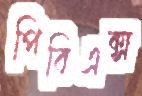
পিবিএক্স